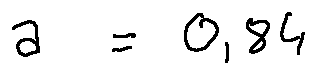
a = 0 , 8 4